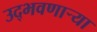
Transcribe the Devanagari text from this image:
उद्‌भवणार्‍या